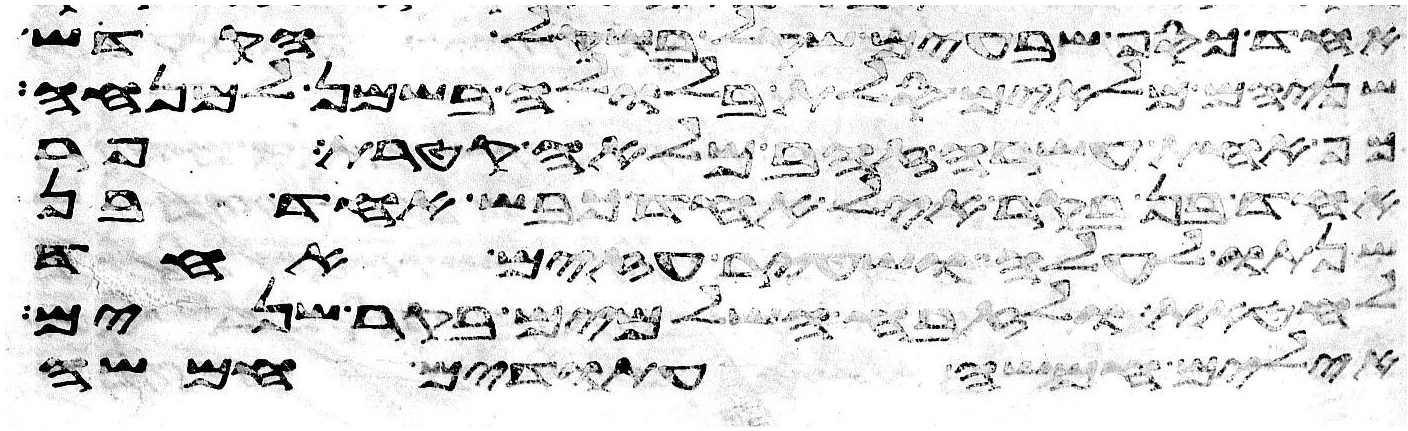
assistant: אחד כסף שבעים שקל בשקל הקדש
שניהם מלאים סלת בלולה בשמן למנחה
כף אחת עשרה זהב מלאה קטרת פר
אחד בן בקר איל אחד כבש אחד בן
שנתו לעלה ושעיר עזים אחד
לחטאת ולזבח השלמים בקר שנים
אילים חמשה עתודים חמשה